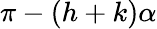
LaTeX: \pi-(h+k)\alpha